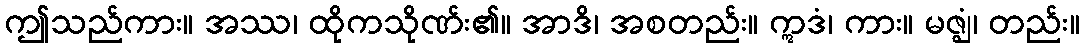
ဤသည်ကား။ အဿ၊ ထိုကသိုဏ်း၏။ အာဒိ၊ အစတည်း။ ဣဒံ၊ ကား။ မဇ္ဈံ၊ တည်း။